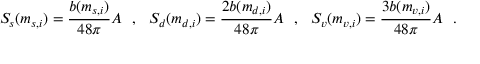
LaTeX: S _ { s } ( m _ { s , i } ) = { \frac { b ( m _ { s , i } ) } { 4 8 \pi } } { \cal A } ~ ~ , ~ ~ S _ { d } ( m _ { d , i } ) = { \frac { 2 b ( m _ { d , i } ) } { 4 8 \pi } } { \cal A } ~ ~ , ~ ~ S _ { v } ( m _ { v , i } ) = { \frac { 3 b ( m _ { v , i } ) } { 4 8 \pi } } { \cal A } ~ ~ .